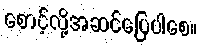
စောင့်လို့အဆင်ပြေပါစေ။